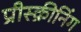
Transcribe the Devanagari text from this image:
प्रीस्क्रीनिंग